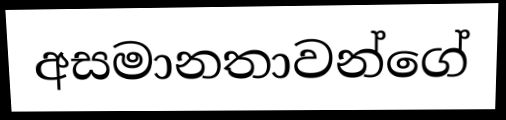
අසමානතාවන්ගේ